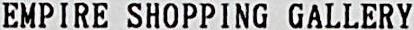
EMPIRE SHOPPING GALLERY